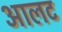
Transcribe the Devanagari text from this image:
आलट